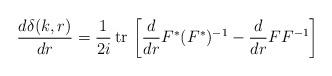
LaTeX: \begin{align*}\frac{d\delta(k,r)}{dr} =\frac{1}{2i}\, {\rm tr}\, \left[\frac{d}{dr}F^{*}(F^*)^{-1} -\frac{d}{dr}FF^{-1}\right]\, \end{align*}